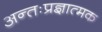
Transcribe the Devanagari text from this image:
अन्तःप्रज्ञात्मक